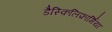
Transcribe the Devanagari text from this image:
डैस्किलिफ़ॉर्मिया